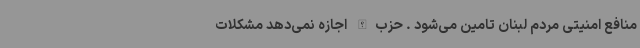
منافع امنیتی مردم لبنان تامین می‌شود . حزب‌الله اجازه نمی‌دهد مشکلات